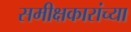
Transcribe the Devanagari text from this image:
समीक्षकारांच्या